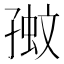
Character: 𡦉